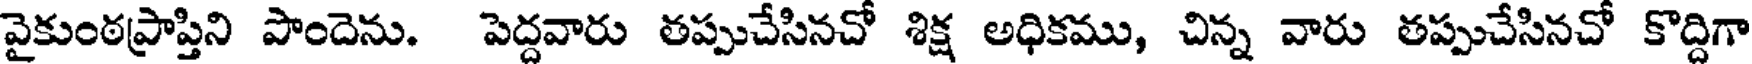
వైకుంఠప్రాప్తిని పొందెను. పెద్దవారు తప్పుచేసినచో శిక్ష అధికము, చిన్న వారు తప్పుచేసినచో కొద్దిగా